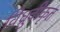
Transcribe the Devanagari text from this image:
विध्रुवीकृत